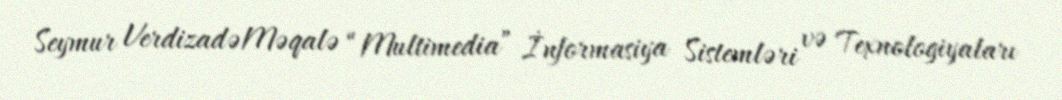
Seymur VerdizadəMəqalə “Multimedia” İnformasiya Sistemləri və Texnologiyaları